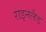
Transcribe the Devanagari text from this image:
राइनलैड